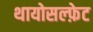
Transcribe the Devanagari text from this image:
थायोसल्फ़ेट